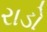
રાડો